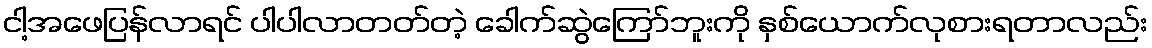
ငါ့အဖေပြန်လာရင် ပါပါလာတတ်တဲ့ ခေါက်ဆွဲကြော်ဘူးကို နှစ်ယောက်လုစားရတာလည်း